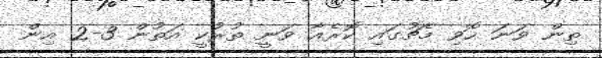
ތިން ވަނަ ހޮވި މެޗުގައި ކޮރެއާ ވަނީ ތުރުކީ އަތުން 3-2 އިން